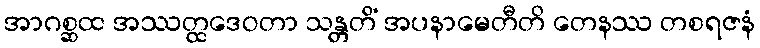
အာဂစ္ဆထ အဿတ္ထဒေဝတာ သန္တတိံ အပနာမေတီတိ တေနဿ တစရဇနံ